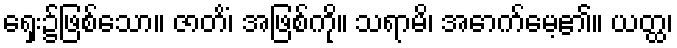
ရှေး၌ဖြစ်သော။ ဇာတိံ၊ အဖြစ်ကို။ သရာမိ၊ အောက်မေ့၏။ ယတ္ထ၊